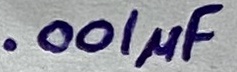
Text: .001µF